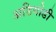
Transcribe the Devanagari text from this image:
अडियोडी